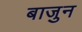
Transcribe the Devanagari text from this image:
बाजुन